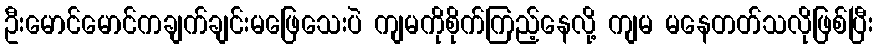
ဦးမောင်မောင်ကချက်ချင်းမဖြေသေးပဲ ကျမကိုစိုက်ကြည့်နေလို့ ကျမ မနေတတ်သလိုဖြစ်ပြီး